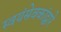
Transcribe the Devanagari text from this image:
स्वयंसेवकांद्वारे